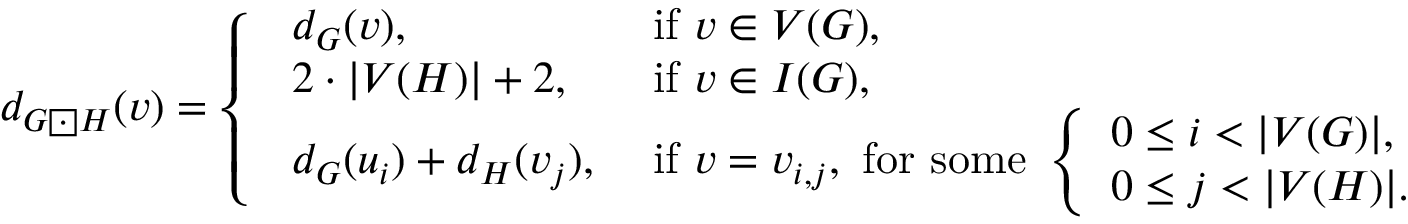
d _ { G \boxdot H } ( v ) = \left\{ \begin{array} { l l } { \begin{array} { l l } { d _ { G } ( v ) , } & { \mathrm { ~ i f ~ } v \in V ( G ) , } \\ { 2 \cdot | V ( H ) | + 2 , } & { \mathrm { ~ i f ~ } v \in I ( G ) , } \\ { d _ { G } ( u _ { i } ) + d _ { H } ( v _ { j } ) , } & { \mathrm { ~ i f ~ } v = v _ { i , j } , \mathrm { ~ f o r ~ s o m e ~ } \left\{ \begin{array} { l l } { 0 \leq i < | V ( G ) | , } \\ { 0 \leq j < | V ( H ) | . } \end{array} \right. } \end{array} } \end{array} \right.